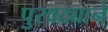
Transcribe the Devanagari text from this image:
पुरवठ्याने